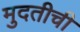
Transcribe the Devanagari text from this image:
मुदतीची